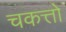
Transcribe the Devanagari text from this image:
चकत्तो